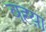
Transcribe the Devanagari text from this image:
वह्य़ा